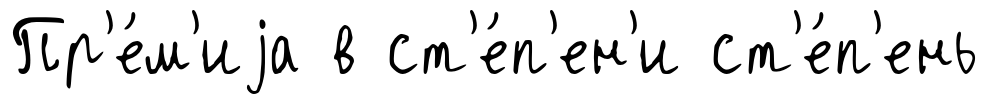
Пр'е́м'иjа в ст'е́п'ен'и ст'е́п'ень